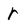
Character: r